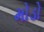
મોડો